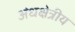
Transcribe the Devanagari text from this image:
अंधक्षेत्रीय